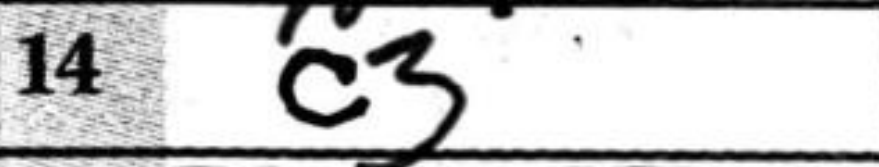
Transcription: c3